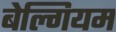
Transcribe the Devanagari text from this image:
बेल्गियम